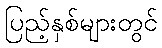
ပြည့်နှစ်များတွင်